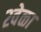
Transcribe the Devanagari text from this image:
२वेळा